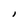
Character: I